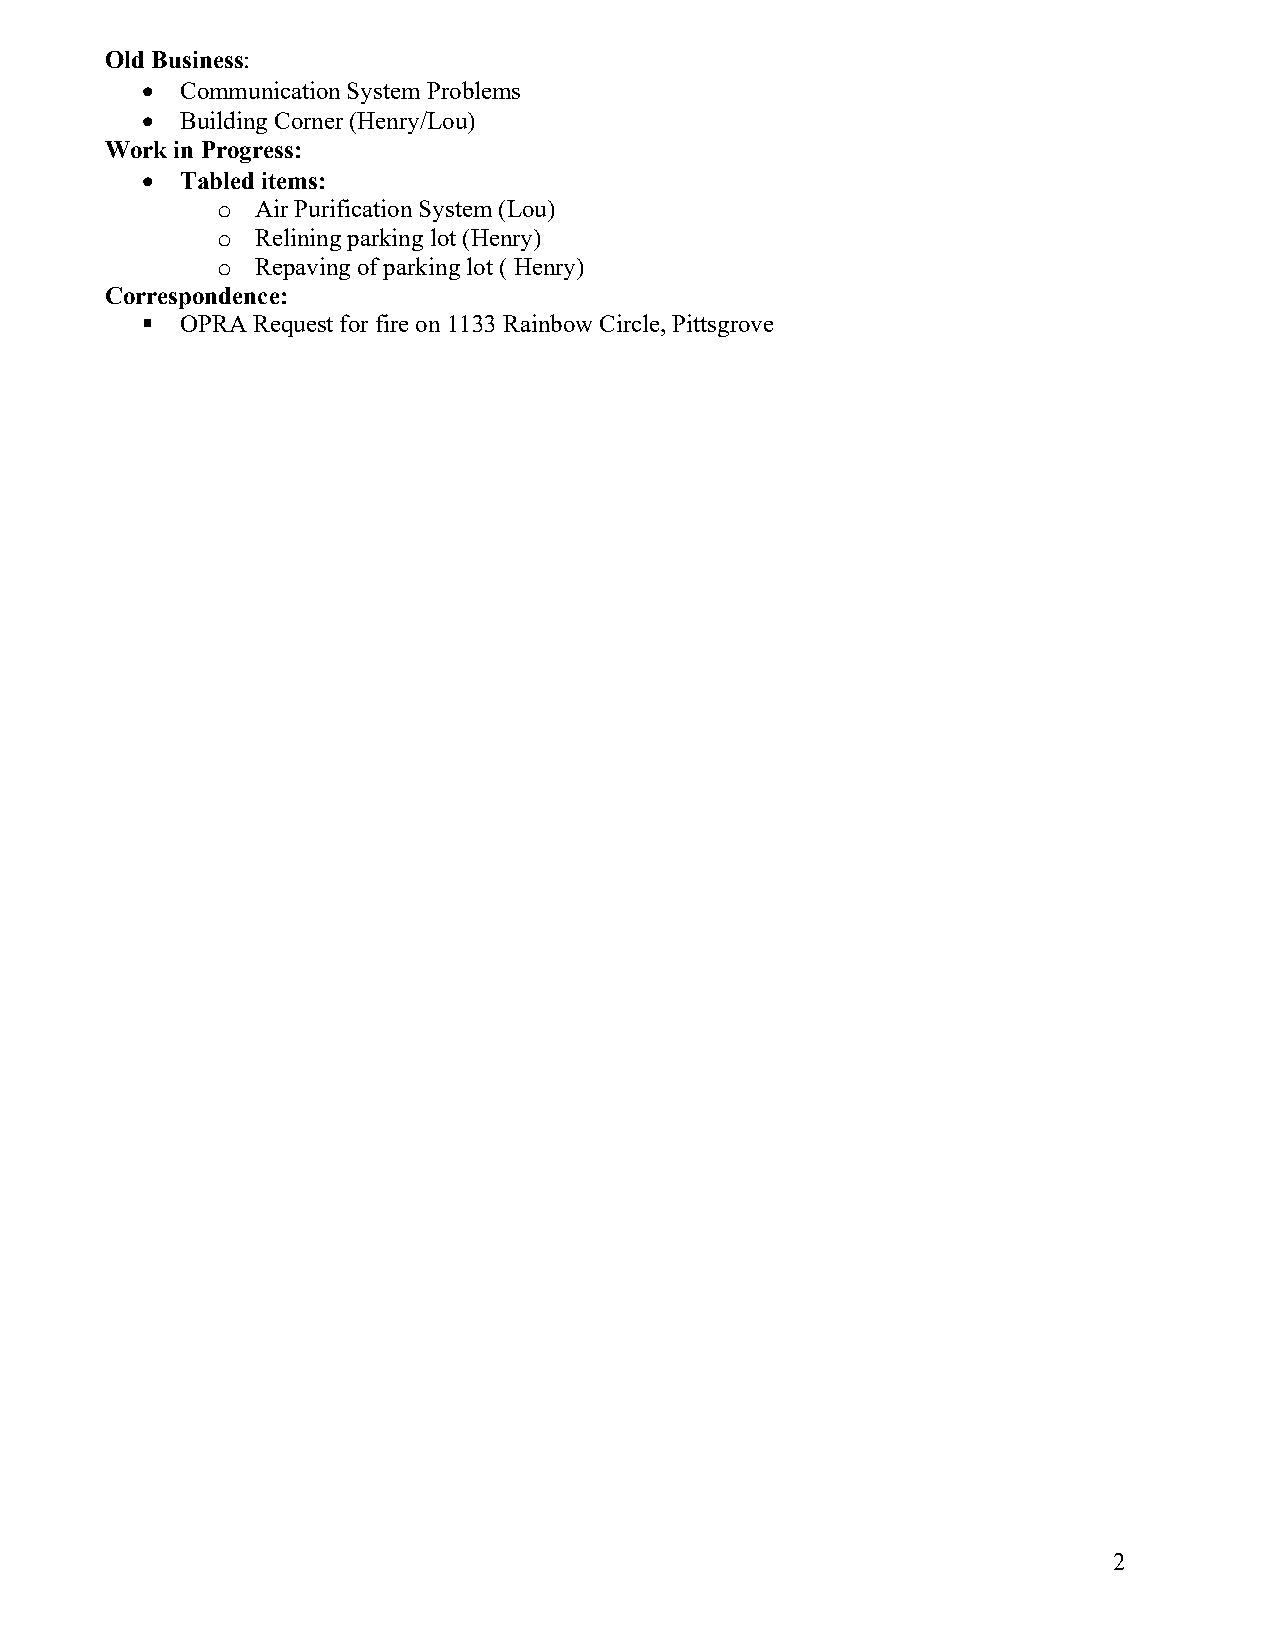
Old Business:
   Communication System Problems
   Building Corner (Henry/Lou)
 Work in Progress:
   Tabled items:
 o  Air Purification System (Lou)
 o  Relining parking lot (Henry)
 o  Repaving of parking lot ( Henry)
 Correspondence:
   OPRA Request for fire on 1133 Rainbow Circle, Pittsgrove
 2